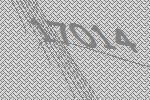
17014